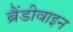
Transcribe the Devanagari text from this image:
ब्रैंडीवाइन